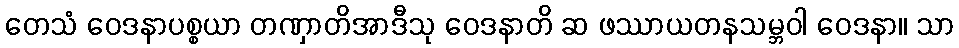
တေသံ ဝေဒနာပစ္စယာ တဏှာတိအာဒီသု ဝေဒနာတိ ဆ ဖဿာယတနသမ္ဘဝါ ဝေဒနာ။ သာ